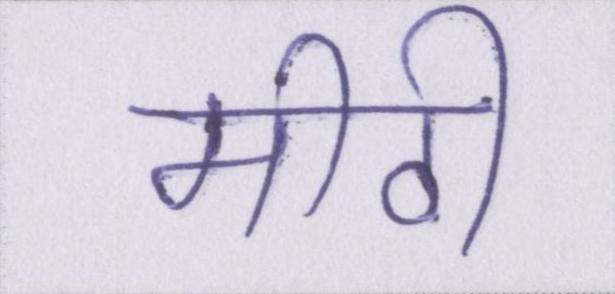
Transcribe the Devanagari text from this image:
मीठी